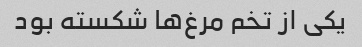
یکی از تخم مرغ‌ها شکسته بود